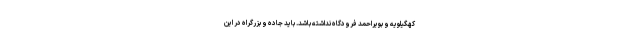
کهگیلویه و بویراحمد فرودگاه نداشته باشد. باید جاده و بزرگراه در این